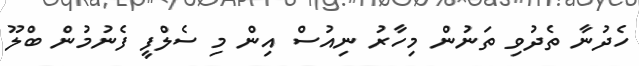
ހެދުނާ ތެދުވި ތަނުން މިހާރު ނިއުސް އިން މި ސެލްފީ ފެނުމުން ބްލޫ